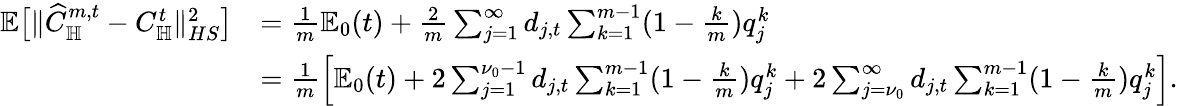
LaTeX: \begin{array}{rl}{\mathbb E\big[\| \widehat C_{\mathbb H}^{m,t}-C_{\mathbb H}^{t}\| _{HS}^{2}\big]}&{=\frac 1m\mathbb E_{0}(t)+\frac 2m\sum_{j=1}^{\infty}d_{j,t}\sum_{k=1}^{m-1}(1-\frac km)q_{j}^{k}}\\ &{=\frac 1m\left[\mathbb E_{0}(t)+2\sum_{j=1}^{\nu_{0}-1}d_{j,t}\sum_{k=1}^{m-1}(1-\frac km)q_{j}^{k}+2\sum_{j=\nu_{0}}^{\infty}d_{j,t}\sum_{k=1}^{m-1}(1-\frac km)q_{j}^{k}\right].}\end{array}